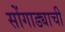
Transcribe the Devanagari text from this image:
सोंगाड्याची